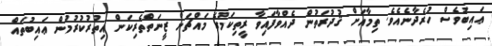
ޢައިބުވެސް ހުރެދާނެއެވެ. ތިމާއަށް ޤުދުރަތުން ދެއްވާފައިވާ ރީތިކަމުގެ މައްޗަށް ޒީނަތްތެރިކަން އިތުރުކުރުމުން ޢައިބުތައް